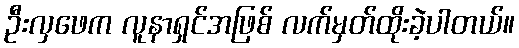
ဦးလှဖေက လူနာရှင်အဖြစ် လက်မှတ်ထိုးခဲ့ပါတယ်။